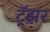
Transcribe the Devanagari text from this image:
ट्रॅझ़र